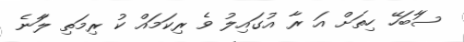
ސަާބަހޭ ހިތަށް އަ ރާ އުގައިލު ވެ ރިކަމައް ކު ރިމަތި ލާަނެ